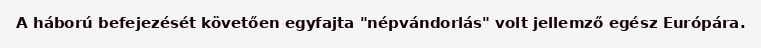
A háború befejezését követően egyfajta "népvándorlás" volt jellemző egész Európára.